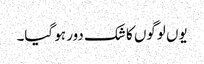
یوں لوگوں کا شک دور ہو گیا۔